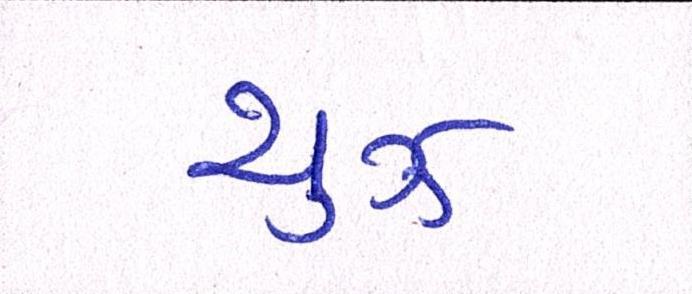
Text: યુઝ